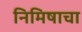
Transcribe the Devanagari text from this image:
निमिषाचा